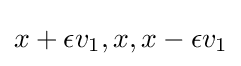
x+\epsilon v_{1},x,x-\epsilon v_{1}